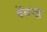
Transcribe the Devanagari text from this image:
वेंमज्हू